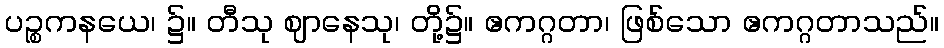
ပဉ္စကနယေ၊ ၌။ တီသု ဈာနေသု၊ တို့၌။ ဧကဂ္ဂတာ၊ ဖြစ်သော ဧကဂ္ဂတာသည်။